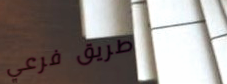
طريق فرعي